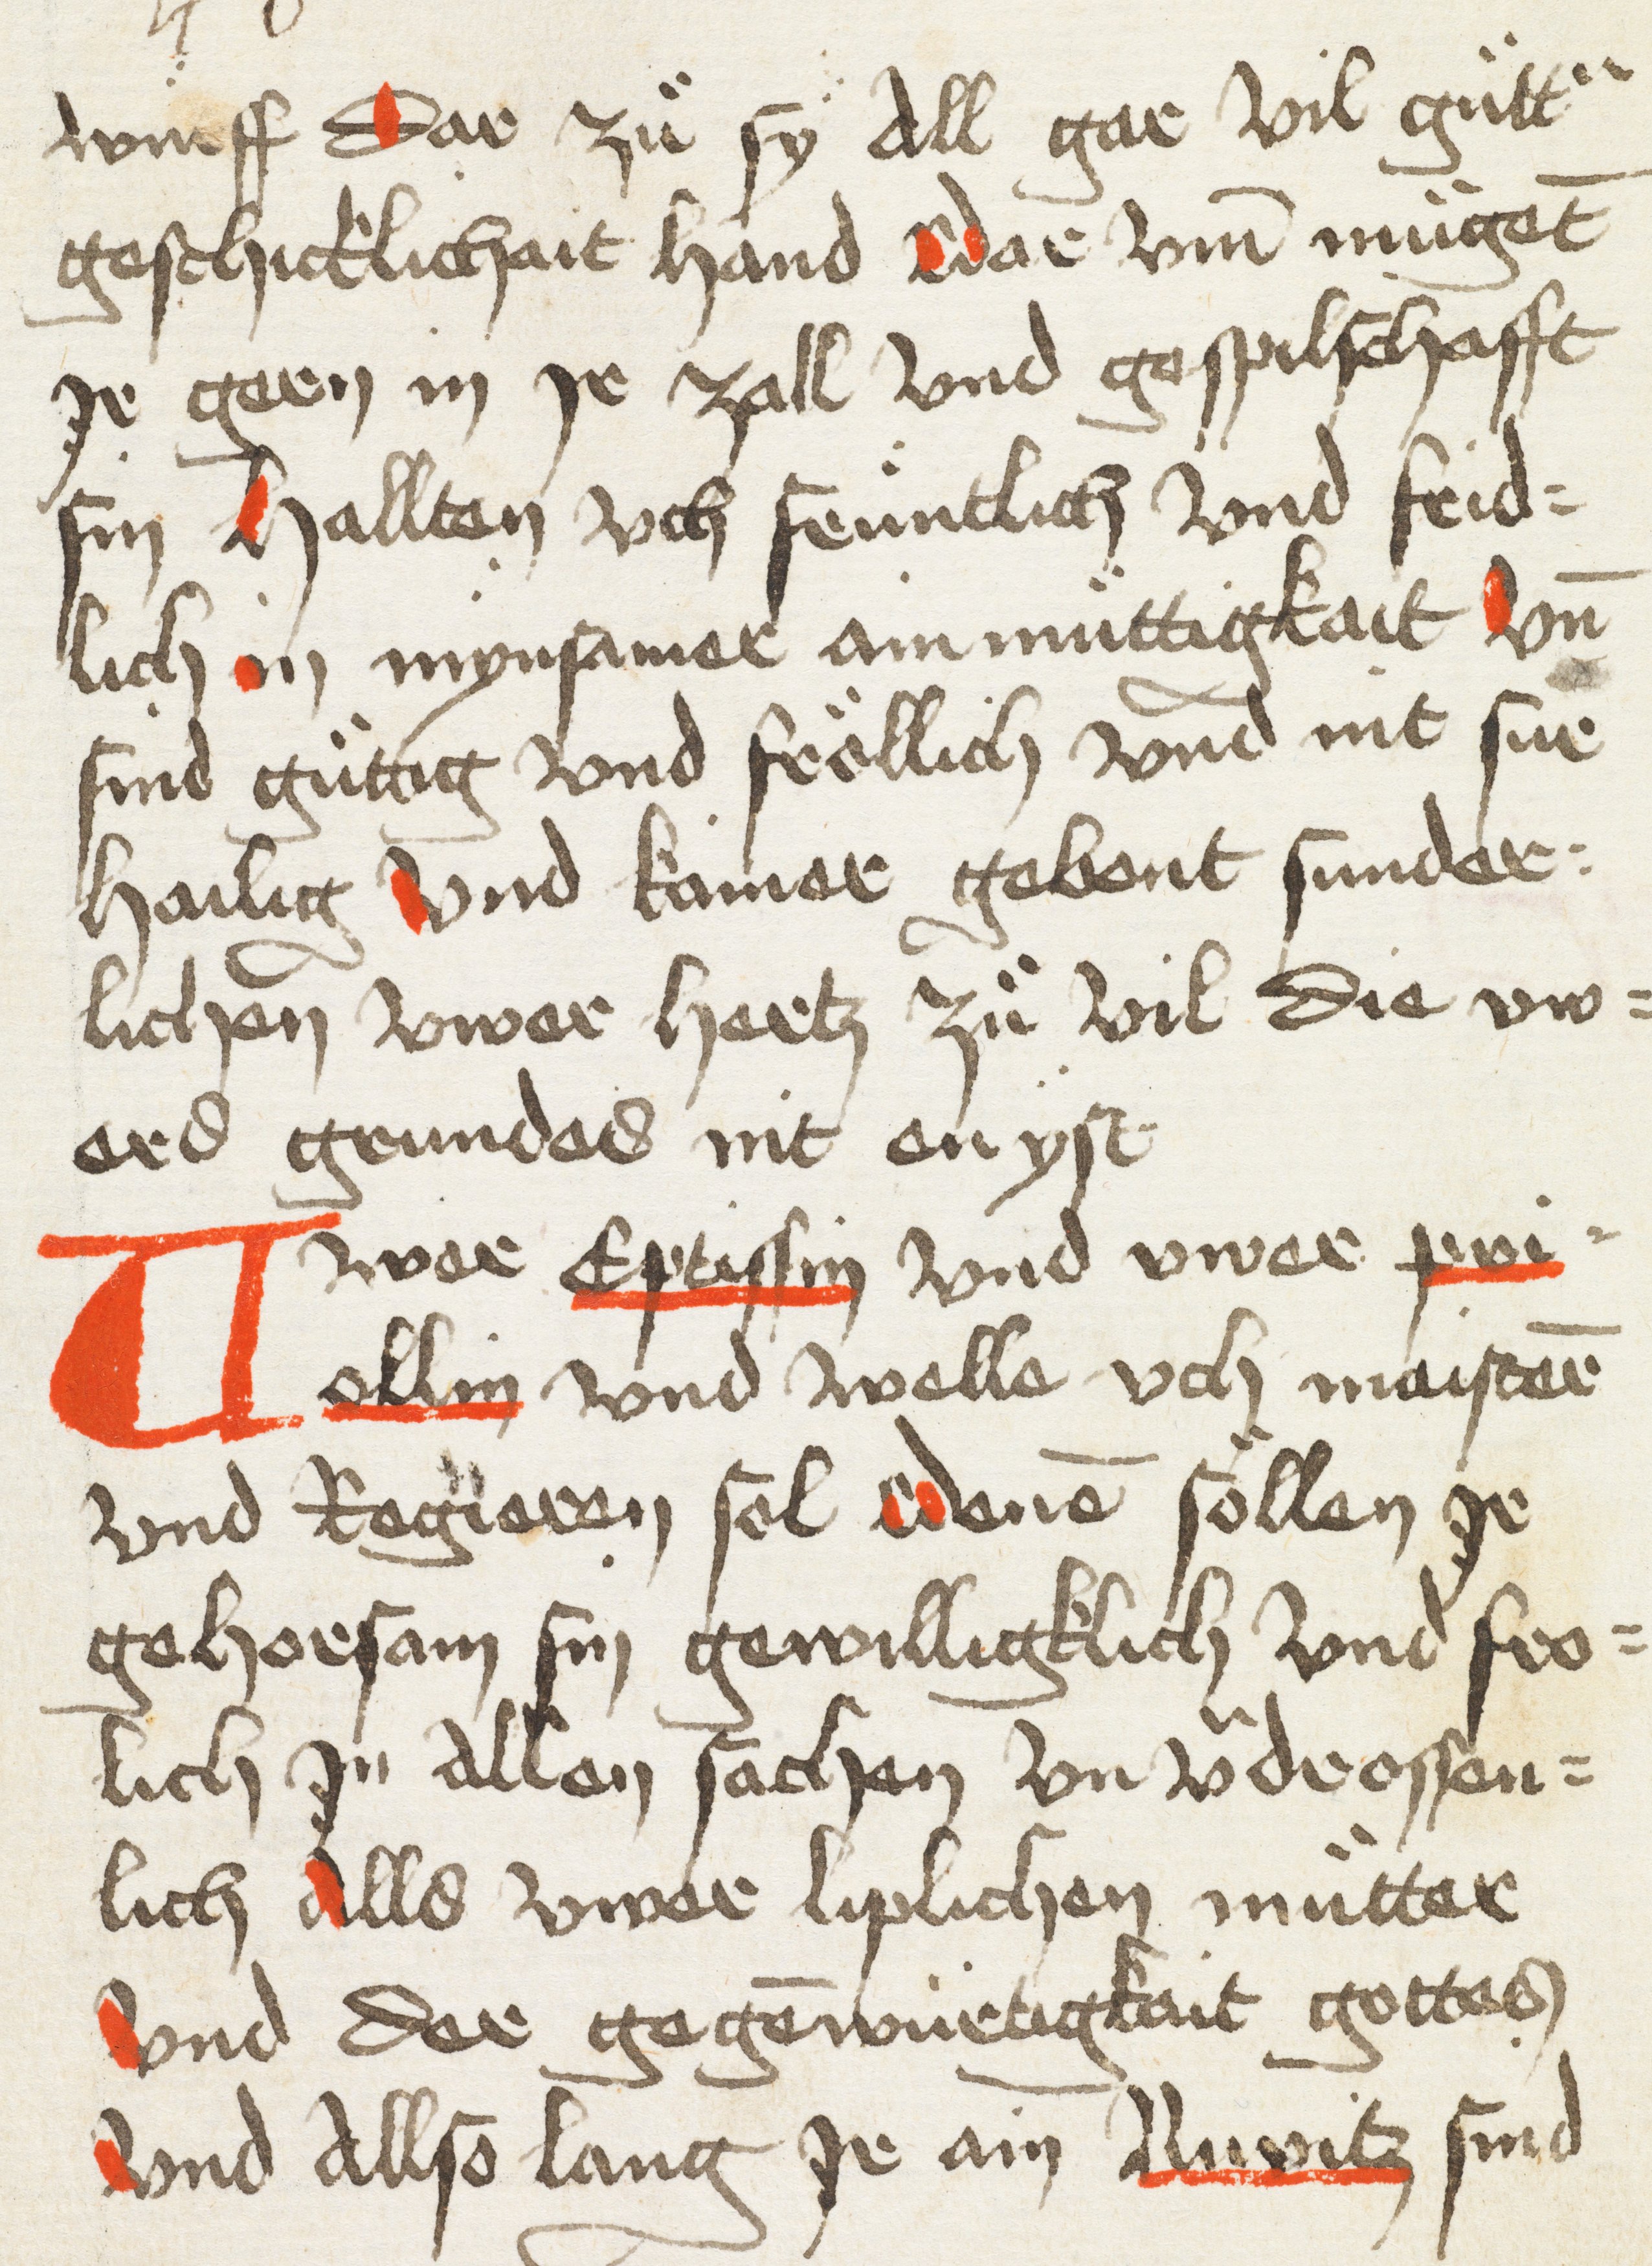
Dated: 1498–1498